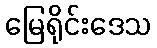
မြေရိုင်းဒေသ